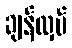
ချန်လှပ်